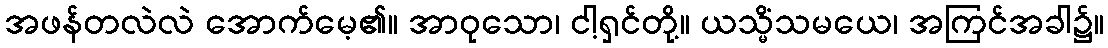
အဖန်တလဲလဲ အောက်မေ့၏။ အာဝုသော၊ ငါ့ရှင်တို့။ ယသ္မိံသမယေ၊ အကြင်အခါ၌။